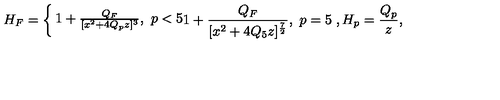
H _ { F } = \left\{ \begin{matrix} { 1 + { \frac { Q _ { F } } { [ x ^ { 2 } + 4 Q _ { p } z ] ^ { 3 } } } , \ p < 5 } \\ { 1 + { \frac { Q _ { F } } { [ x ^ { 2 } + 4 Q _ { 5 } z ] ^ { \frac { 7 } { 2 } } } } , \ p = 5 } \\ \end{matrix} \right. , H _ { p } = { \frac { Q _ { p } } { z } } ,